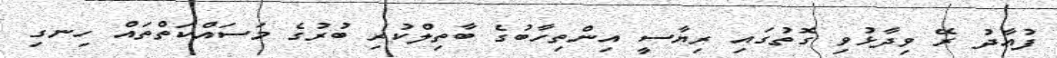
ފުއާދު ރޭ ވިދާޅުވި ގޮތުގައި ރިޔާސީ އިންތިހާބުގެ ބާތިލްކުރި ބުރުގެ މަސައްކަތްތައް ހިނގި